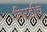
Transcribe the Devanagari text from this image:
तिरडीचे